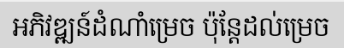
អភិវឌ្ឍន៍ដំណាំម្រេច ប៉ុន្តែដល់ម្រេច